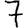
Digit: 7